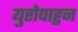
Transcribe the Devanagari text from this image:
युरोपाहुन